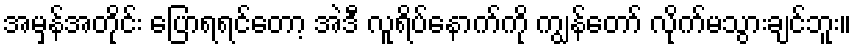
အမှန်အတိုင်း ပြောရရင်တော့ အဲဒီ လူရိပ်နောက်ကို ကျွန်တော် လိုက်မသွားချင်ဘူး။